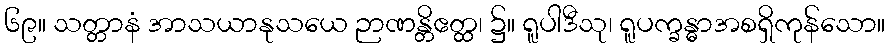
၆၉။ သတ္တာနံ အာသယာနုသယေ ဉာဏန္တိဧတ္ထ၊ ၌။ ရူပါဒီသု၊ ရူပက္ခန္ဓာအစရှိကုန်သော။